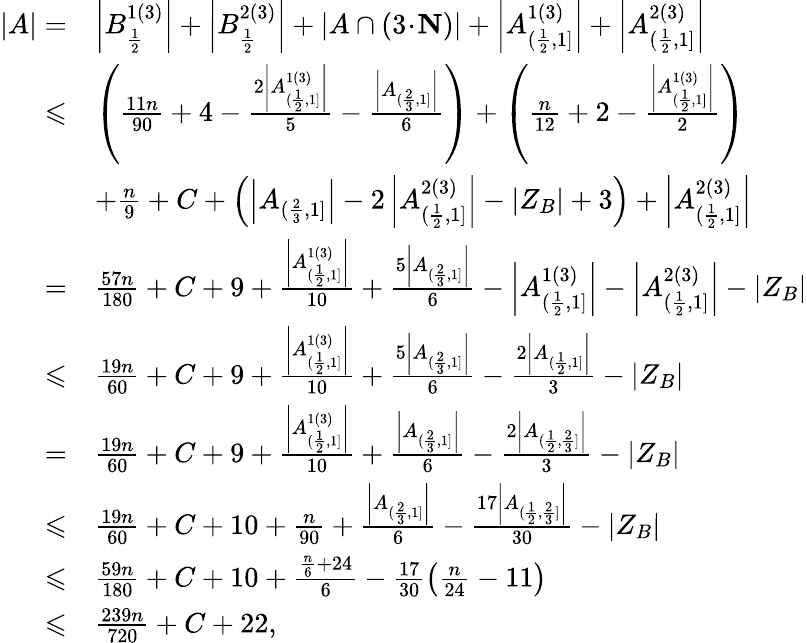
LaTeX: \begin{array}{rl}{|A|=}&{\left|B_{\frac{1}{2}}^{1(3)}\right|+\left|B_{\frac{1}{2}}^{2(3)}\right|+\left|A\cap(3\! \cdot\! \mathbf{N})\right|+\left|A_{(\frac{1}{2},1]}^{1(3)}\right|+\left|A_{(\frac{1}{2},1]}^{2(3)}\right|}\\ {\leqslant}&{\left(\frac{11n}{90}+4-\frac{2\left|A_{(\frac{1}{2},1]}^{1(3)}\right|}{5}-\frac{\left|A_{(\frac{2}{3},1]}\right|}{6}\right)+\left(\frac{n}{12}+2-\frac{\left|A_{(\frac{1}{2},1]}^{1(3)}\right|}{2}\right)}\\ &{+\frac{n}{9}+C+\left(\left|A_{(\frac{2}{3},1]}\right|-2\left|A_{(\frac{1}{2},1]}^{2(3)}\right|-|Z_{B}|+3\right)+\left|A_{(\frac{1}{2},1]}^{2(3)}\right|}\\ {=}&{\frac{57n}{180}+C+9+\frac{\left|A_{(\frac{1}{2},1]}^{1(3)}\right|}{10}+\frac{5\left|A_{(\frac{2}{3},1]}\right|}{6}-\left|A_{(\frac{1}{2},1]}^{1(3)}\right|-\left|A_{(\frac{1}{2},1]}^{2(3)}\right|-\left|Z_{B}\right|}\\ {\leqslant}&{\frac{19n}{60}+C+9+\frac{\left|A_{(\frac{1}{2},1]}^{1(3)}\right|}{10}+\frac{5\left|A_{(\frac{2}{3},1]}\right|}{6}-\frac{2\left|A_{(\frac{1}{2},1]}\right|}{3}-|Z_{B}|}\\ {=}&{\frac{19n}{60}+C+9+\frac{\left|A_{(\frac{1}{2},1]}^{1(3)}\right|}{10}+\frac{\left|A_{(\frac{2}{3},1]}\right|}{6}-\frac{2\left|A_{(\frac{1}{2},\frac{2}{3}]}\right|}{3}-|Z_{B}|}\\ {\leqslant}&{\frac{19n}{60}+C+10+\frac{n}{90}+\frac{\left|A_{(\frac{2}{3},1]}\right|}{6}-\frac{17\left|A_{(\frac{1}{2},\frac{2}{3}]}\right|}{30}-|Z_{B}|}\\ {\leqslant}&{\frac{59n}{180}+C+10+\frac{\frac{n}{6}+24}{6}-\frac{17}{30}\left(\frac{n}{24}-11\right)}\\ {\leqslant}&{\frac{239n}{720}+C+22,}\end{array}